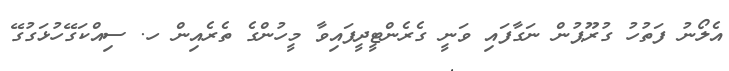
އެލޯނު ފަތުހު ގުރޫޕުން ނަގާފައި ވަނީ ގެރެންޓީދީފައިވާ މީހުންގެ ތެރެއިން ހ. ސިއްކަގޭހުޅަގުގޭ